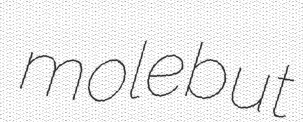
molebut